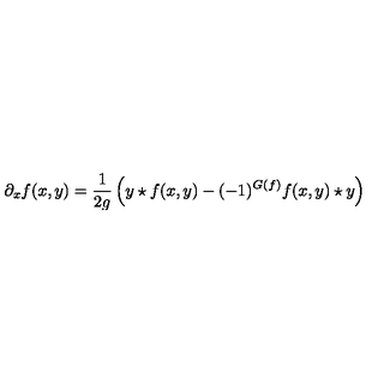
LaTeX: \partial _ { x } f ( x , y ) = \frac { 1 } { 2 g } \left( y \star f ( x , y ) - ( - 1 ) ^ { G ( f ) } f ( x , y ) \star y \right)